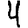
Digit: 4